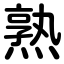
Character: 熟